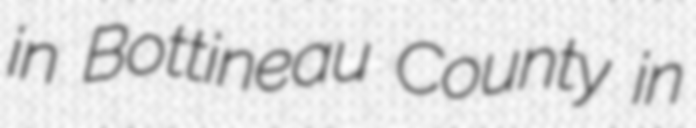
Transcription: in Bottineau County in